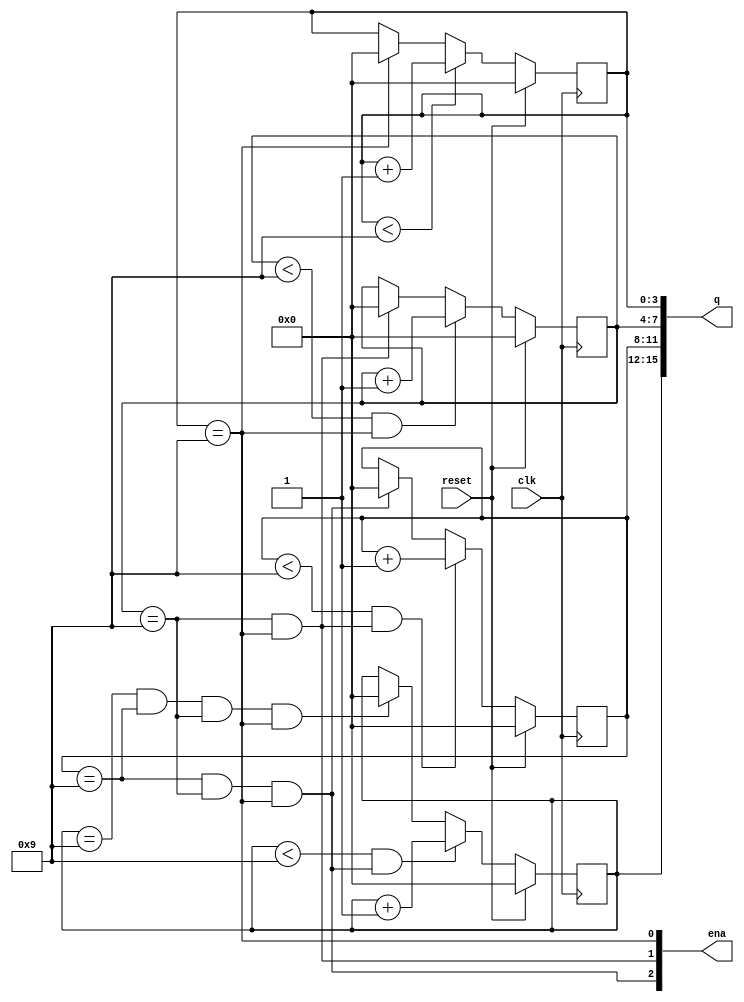
module top_module (
    input clk,
    input reset,   // Synchronous active-high reset
    output [3:1] ena,
    output [15:0] q);

    reg [3:0]one;
    reg [3:0]ten;
    reg [3:0]hund;
    reg [3:0]thou;

    always@(posedge clk)begin
        if(reset) one<=4'd0;
        else if(one < 4'd9) one <= one+1;
        else if(one==4'd9)one = 4'd0;
    end
    always@(posedge clk)begin
        if(reset) ten<=4'd0;
        else if(ten<4'd9 && ena[1]==1'b1) ten <= ten+1;
        else if(ten==4'd9 && one==4'd9)ten = 4'd0;
    end
    always@(posedge clk)begin
        if(reset) hund<=4'd0;
        else if( hund<4'd9 && ena[2]==1'b1) hund <= hund+1;
        else if(hund==4'd9 && ten==4'd9 && one==4'd9)hund <= 4'd0;
    end
    always@(posedge clk)begin
        if(reset) thou<=4'd0;
        else if(thou<4'd9 && ena[3]==1'b1) thou <= thou+1;
        else if(thou==4'd9 && hund==4'd9 && ten==4'd9 && one==4'd9)thou <= 4'd0;
    end
    assign q[15:0] = {thou,hund,ten,one};
    assign ena[3:1]={hund==4'd9&&ten==4'd9&&one==4'd9,ten==4'd9&&one==4'd9,one==4'd9};
endmodule